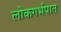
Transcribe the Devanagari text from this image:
लोकगर्भपात